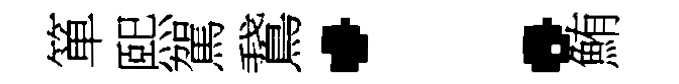
箪熙駕鵞：鮪